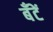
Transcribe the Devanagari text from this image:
बँटें